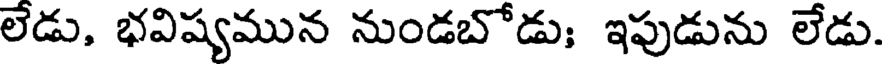
లెడు, భవిష్యమున నుండబోడు; ఇపుడును లేడు.